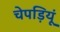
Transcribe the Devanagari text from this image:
चेपड़ियूं